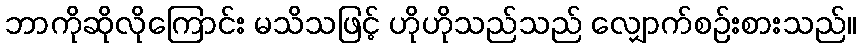
ဘာကိုဆိုလိုကြောင်း မသိသဖြင့် ဟိုဟိုသည်သည် လျှောက်စဉ်းစားသည်။